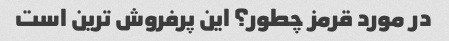
در مورد قرمز چطور؟ این پرفروش ترین است